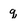
Character: q